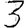
Digit: 3